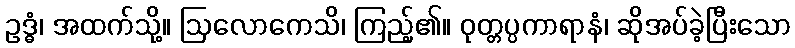
ဥဒ္ဓံ၊ အထက်သို့။ ဩလောကေသိ၊ ကြည့်၏။ ဝုတ္တပ္ပကာရာနံ၊ ဆိုအပ်ခဲ့ပြီးသော